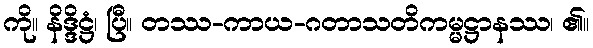
ကို။ နိဒ္ဒိဋ္ဌံ၊ ပြီ။ တဿ-ကာယ-ဂတာသတိကမ္မဋ္ဌာနဿ၊ ၏။